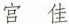
宫 佳